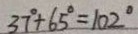
3 7 ^ { \circ } + 6 5 ^ { \circ } = 1 0 2 ^ { \circ }